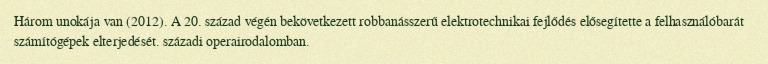
Három unokája van (2012). A 20. század végén bekövetkezett robbanásszerű elektrotechnikai fejlődés elősegítette a felhasználóbarát számítógépek elterjedését. századi operairodalomban.